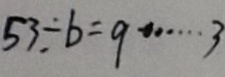
5 3 \div b = q \cdots 3